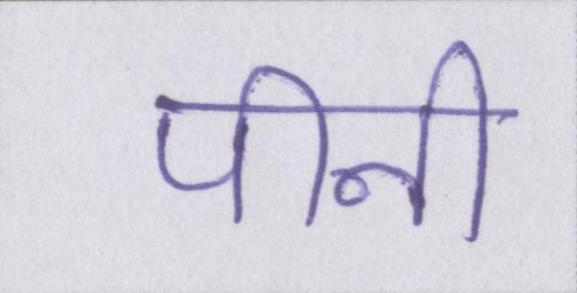
पीनी